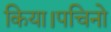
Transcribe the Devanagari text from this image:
किया।पचिनो